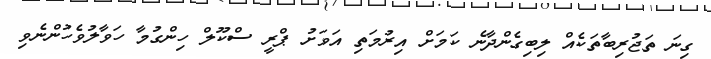
ގިނަ ތަޖުރިބާތަކެއް ލިބިގެންދާނެ ކަމަށް އިރުމަތި އަވަށު ޕްރީ ސްކޫލް ހިންގުމާ ހަވާލުވެހުންނެވި